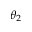
\boldsymbol { \theta } _ { 2 }